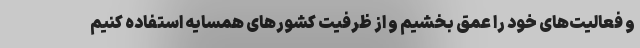
و فعالیت‌های خود را عمق بخشیم و از ظرفیت کشورهای همسایه استفاده کنیم